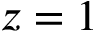
z = 1